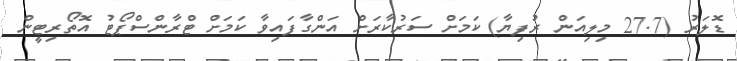
ޑޮލަރު (27.7 މިލިއަން ރުފިޔާ) ކަމަށް ސަރުކާރަށް އަންގާފައިވާ ކަމަށް ޓްރާންސްޕޯޓު އޮތޯރިޓީން